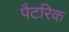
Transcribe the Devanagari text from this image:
पैटरिक